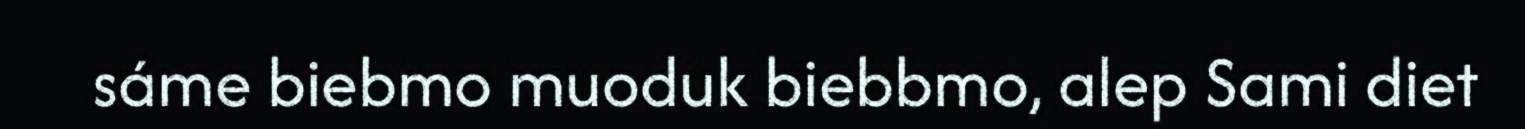
sáme biebmo muoduk biebbmo, alep Sami diet